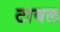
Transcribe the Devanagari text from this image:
टावल